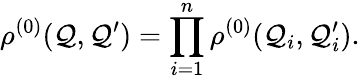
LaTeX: \rho^{(0)}(\mathcal{Q},\mathcal{Q}^{\prime})=\prod_{i=1}^{n}\rho^{(0)}(\mathcal{Q}_{i},\mathcal{Q}_{i}^{\prime}).